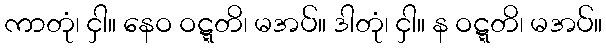
ကာတုံ၊ ငှါ။ နေဝ ဝဋ္ဋတိ၊ မအပ်။ ဒါတုံ၊ ငှါ။ န ဝဋ္ဋတိ၊ မအပ်။